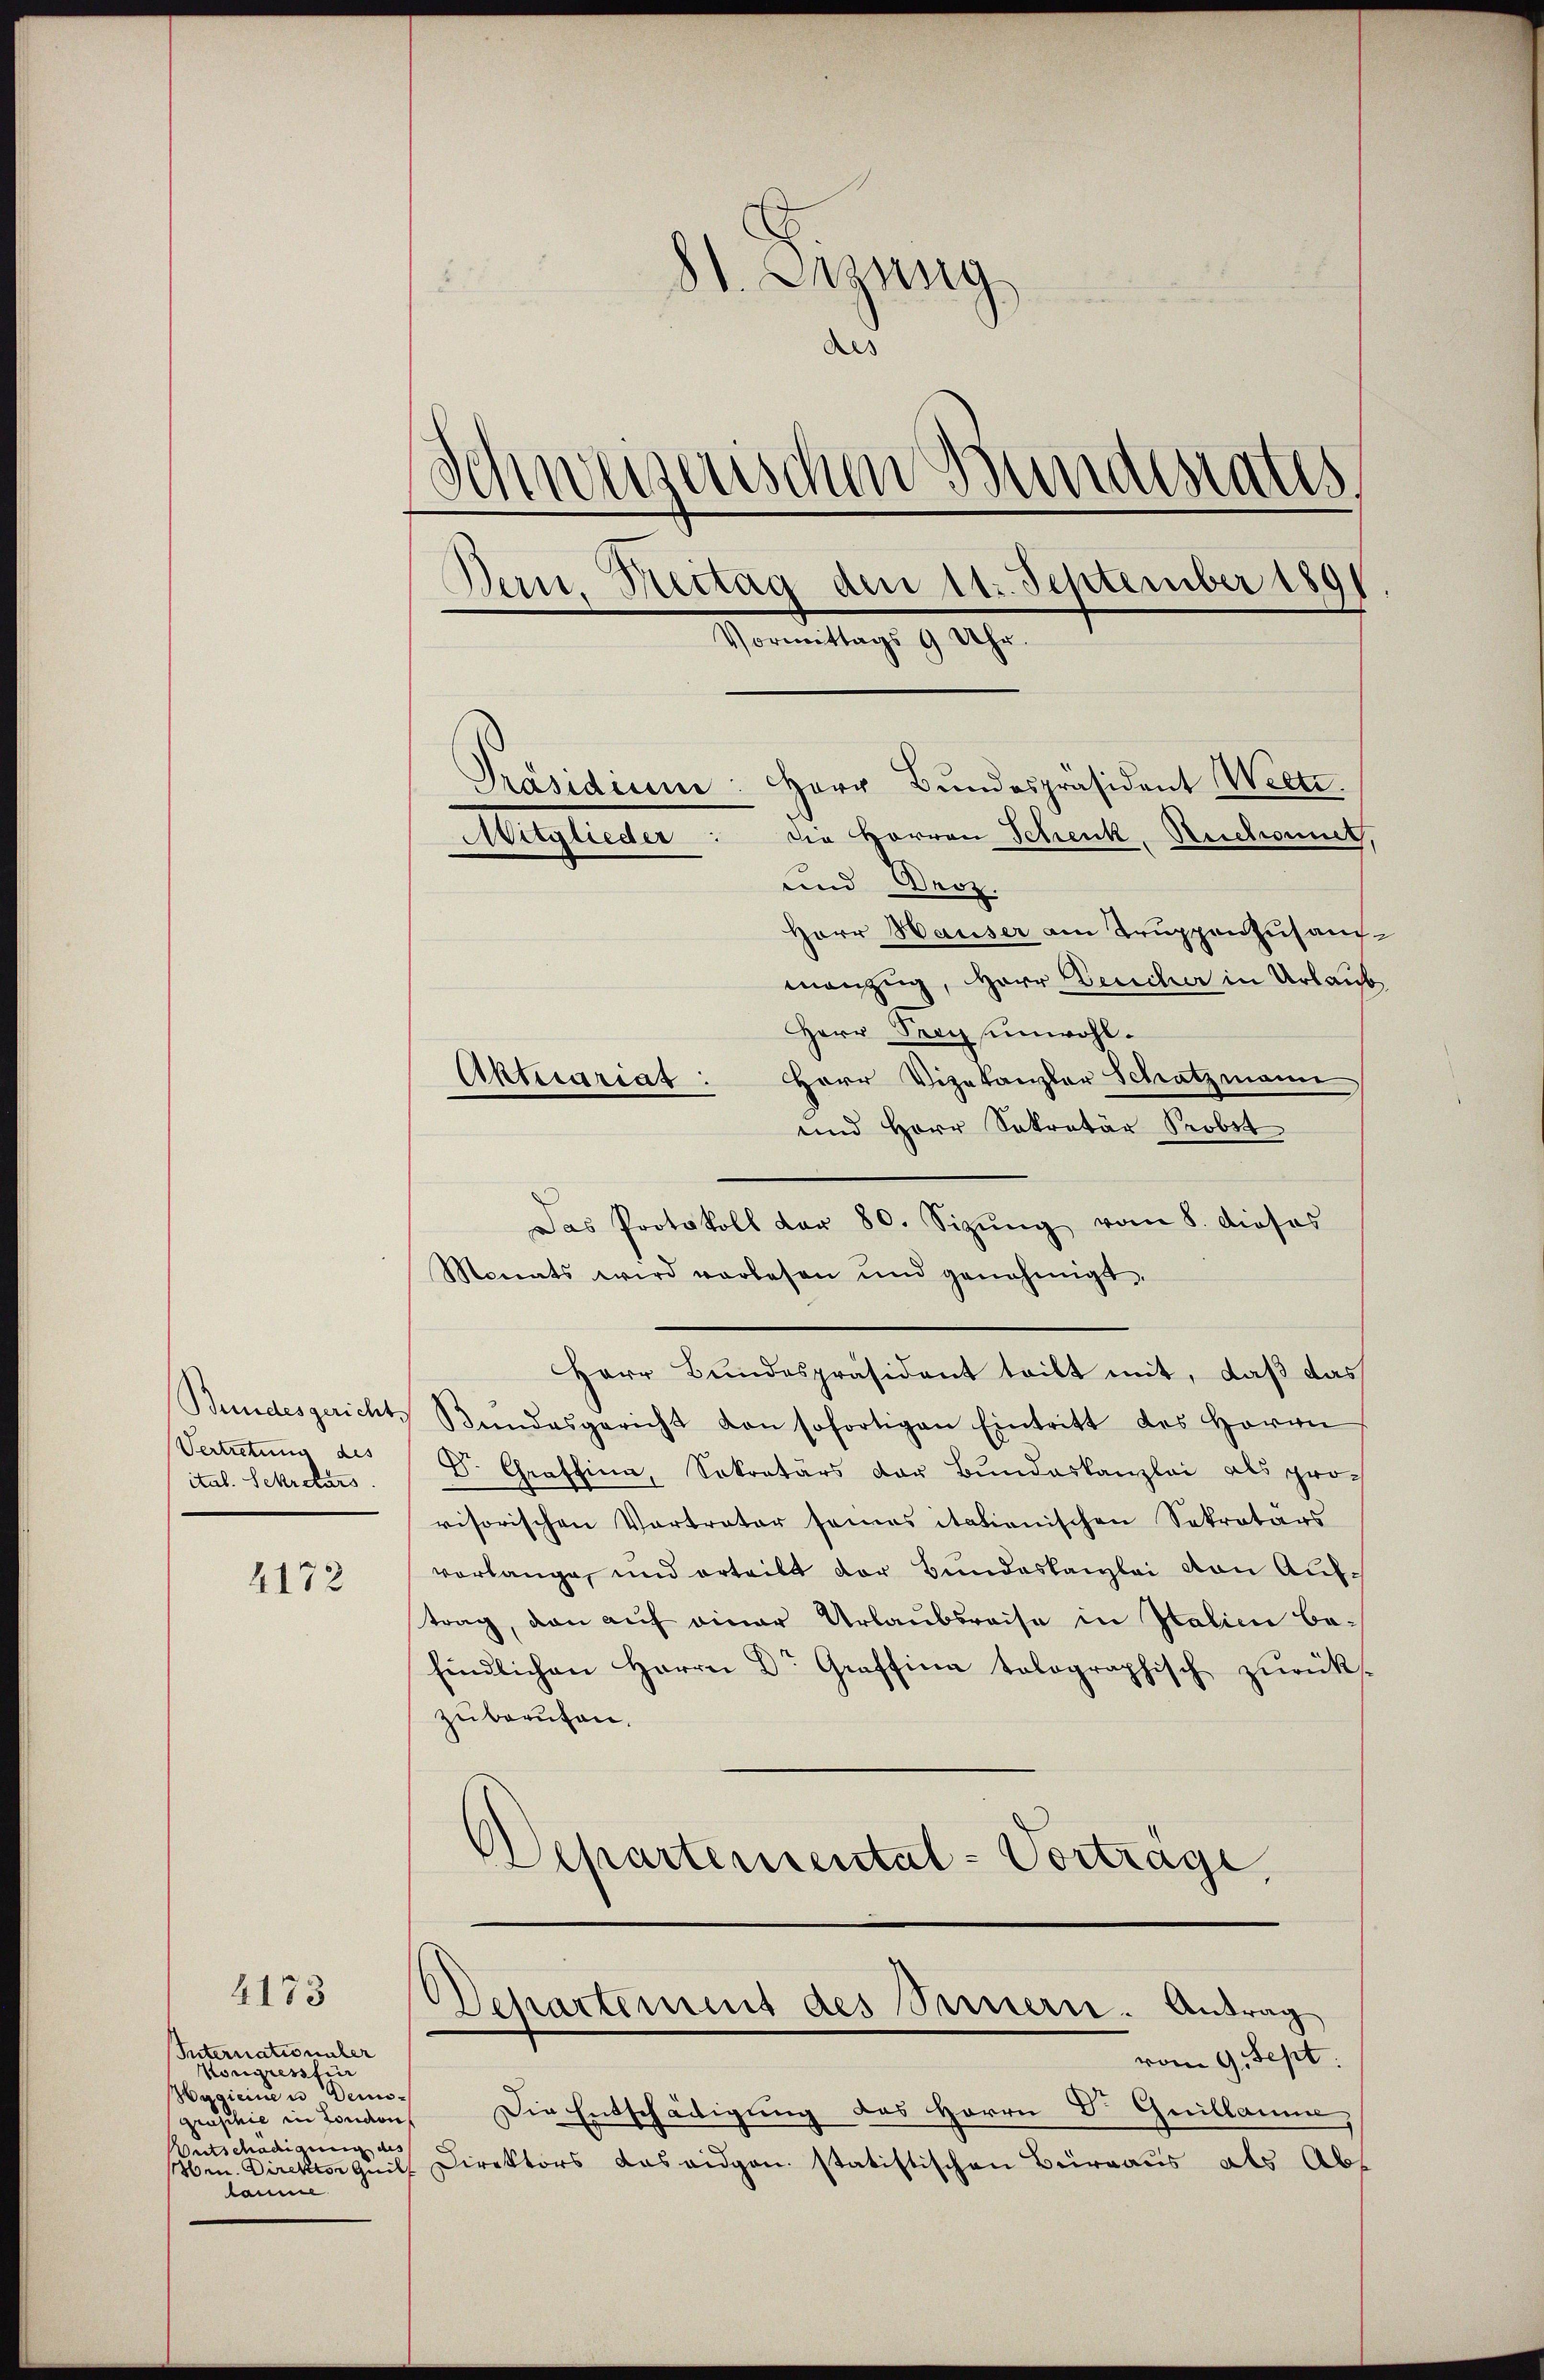
Bundesgericht.
Vertretung des
ital. Sekretärs.

4172

4173

Internationale
Kongresstier
Havicine u Deusgraschie in London,
Antschädigung des
ben. Direktor Quil
laume

81. Lesung
Aes
)
deizerischen Bund
A.
Dern. Reitag den 11. September 1891
Vormittags 9 Uhr.
Präsidium: Herr Bŭndespräsident Welti.
die Herren Schenk, Reichnet,
Mitglieder
und Droz.

Herr Hauser am Truppenzusammanzug, Herr Deucher in Urlaub
Herr Frey unwohl.
Aktuariat: Herr Vizekanzler Schatzmann
und Herr Sekretär Probst
Das Protokoll dar 80. Sizŭng vom 8. dieses
Monats wird vorlesen und genehmigt.
Herr Bundespräsident teilt mit, daß das
Bŭndesgericht von sofortigen Eintritt des Herrn
Dr. Graffina, Sekretärs der Bundeskanzlei als provisorischen Vertrater seines itationischen Sekretärs
vorlange, und erteilt der Bundeskanzlei von Auftrag, dan auf einer Urlaubsreise in Italien befindlichen Herrn Dr. Graffina tolographisch zŭrück-
zuberufen.
Departemental-Vortrage,

vom 9. Sept.
Die Entschädigung des Herrn Dr. Guillamme
Direktors das eidgen statistischen Büreaus als Ab¬

Departement des Sinnern. Antrag